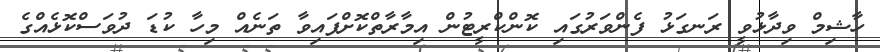
ހާޝިމް ވިދާޅުވީ ރަނގަޅު ފެންވަރުގައި ކޮންކްރީޓުން އިމާރާތްކޮށްފައިވާ ތަނެއް މިހާ ކުޑަ ދުވަސްކޮޅެއްގެ